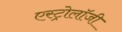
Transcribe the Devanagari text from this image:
एस्‍ट्रोलॉजी